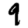
Digit: 9